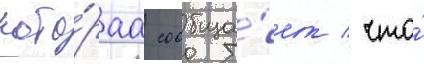
кото́раа сообща́ет / что́